Annual report on the lock hospitals of the Madras Presidency
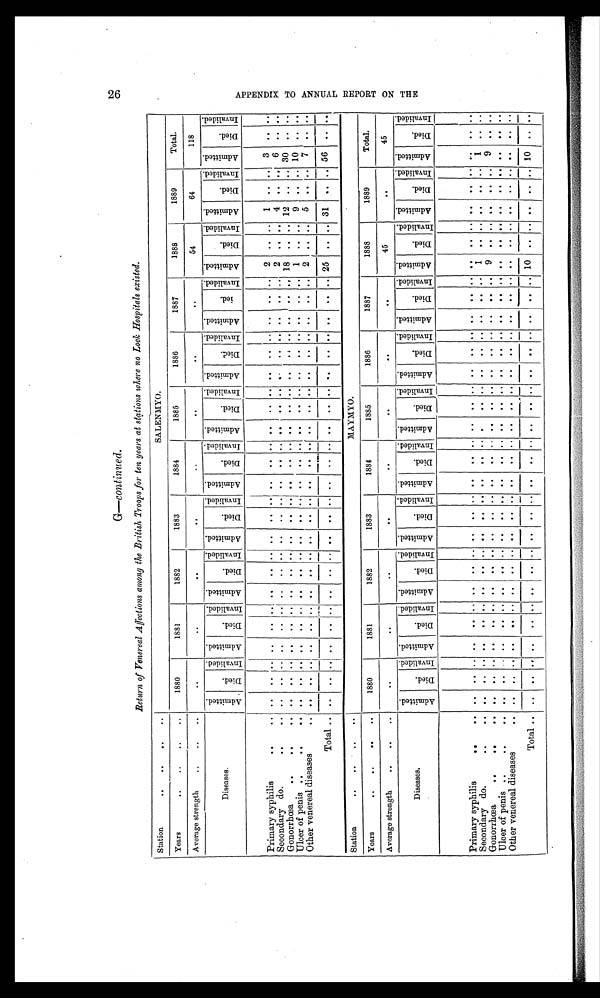
G—continued.
Return of Venereal Affections among the British Troops for ten years at stations where no Lock Hospitals existed.
Station
. .
. .
. . ..
SALENMYO.
Years
..
. .
. .
. .
1880
1881
1882
1883
1884
1885
1886
1887
1888
1889
Total.
Average strength
..
..
..
..
..
..
..
..
. .
. .
..
54
64
118
Diseases.
A d m i t t e d .
D i e d .
I n v a l i d e d . A d m i t t e d .
D i e d .
I n v a l i d e d .
A d m i t t e d .
D i e d .
I n v a l i d e d . A d m i t t e d .
D i e d .
I n v a l i d e d . A d m i t t e d .
D i e d .
I n v a l i d e d . A d m i t t e d .
D i e d .
I n v a l i d e d . A d m i t t e d .
D i e d .
I n v a l i d e d .
A d m i t t e d .
D i e d .
I n v a l i d e d . A d m i t t e d .
D i e d .
I n v a l i d e d . A d m i t t e d .
D i e d .
I nval i ded. A d m i t t e d .
D i e d .
I n v a l i d e d .
Primary syphilis
..
. .
. .
. .
..
..
. . . .
. .
. .
. . . .
. .
. . . .
. .
. . . .
. .
. . . .
. . .. . .
.. .. 2 .. .. 1
. . ..
3
. .
. .
Secondary do.
..
. .
. .
. . . . ..
. . . .
. . . .
. . . .
. .
. . . .
. .
. . . .
. .
. . . .
. .
. . . .
..
. . 2 ..
. . 4 .. .. 6
. . ..
Gonorrhœa
..
..
. .
. .
. . . . ..
. . . .
. .
. . . .
. .
. .
. .
. .
. . . .
. .
. .
. .
. .
. .
. . . .
. . . . 18 ..
. . 12
. . .. 30 ..
. .
Ulcer of penis ..
..
..
..
. .
. . ..
. .
. . . .
. .
. . . .
. .
. . . .
. .
. . . .
. .
. . . .
. .
. . . . ..
. . 1 .. .. 9
. . .. 10 ..
. .
Other venereal diseases
..
. . ..
..
. .
. . . .
. .
. . . .
. .
. . . .
. .
. . . .
. .
. . . .
. .
. . . .
. .
. . 2
. .
. . 5 .. ..
7
. .
. .
Total ..
. .
. . ..
.. .. ..
. . ..
. .
. .
. .
. .
. .
. .
. . . .
. .
. . . .
. .
. . . .
. .
. . 25 .. .. 31 .. .. 56
. .
. .
Station
..
..
..
. .
MAYMYO.
Years
. .
..
. .
. .
1880
1881
1882
1883
1884
1885
1886
1887
1888
1889
Total.
Average strength
..
. . ..
..
..
. .
. .
..
..
..
. .
45
. .
45
Diseases.
A d m i t t e d .
D i e d .
I n v a l i d e d . A d m i t t e d .
D i e d .
I n v a l i d e d .
A d m i t t e d .
D i e d .
I n v a l i d e d . A d m i t t e d .
D i e d .
I n v a l i d e d . A d m i t t e d .
D i e d .
I n v a l i d e d . A d m i t t e d .
D i e d .
I n v a l i d e d . A d m i t t e d .
D i e d .
I n v a l i d e d . A d m i t t e d .
D i e d .
I n v a l i d e d .
A d m i t t e d .
D i e d .
I n v a l i d e d . A d m i t t e d .
D i e d .
I nval i ded. A d m i t t e d .
D i e d .
I n v a l i d e d .
Primary syphilis
. .
. . ..
. . ..
..
. .
. . . .
. .
. . . .
. .
. . . .
. .
. .
. .
. .
. . . .
. .
. . . .
. . . .
. .
. .
. . ..
. . ..
. .
. .
. .
Secondary do.
. .
. . ..
. . . . ..
. .
. . . .
. . . . . .
. .
. . . .
..
. .
. .
. .
. . . .
. .
. . . .
. . . .
1
. . . .
. .
. . ..
1
. .
. .
Gonorrhœa
..
..
. . ..
. . . . ..
. .
. . . .
. .
. . . .
. .
. . . .
. .
. . ..
. .
. . . .
. .
. . . .
. .
. . 9
. .
. . ..
. . ..
9
. .
. .
Ulcer of penis ..
. .
. . .. ..
. . ..
. .
. . . .
. . . . . .
. .
. . . .
. .
. .
. .
. .
. . . .
. .
. . . .
. . . .
. .
. .
. . ..
. . ..
. .
. .
. .
Other venereal diseases
. . ..
. .
. . . .
. .
. . . .
. .
. . . .
. .
. . . .
. .
. .
. .
. .
. . . .
. .
. . . .
. . . .
. .
. .
. .
. . ..
. .
. .
. .
Total . . ..
. .
. . . .
. .
. . . .
. . . . . .
. .
. . . .
. .
. .
. .
. .
. . . .
. .
. . . .
. . . . 10
. .
. . ..
. . .. 10 ..
. .
26
A P P E N D I X T O A N N U A L R E P O R T O N T H E